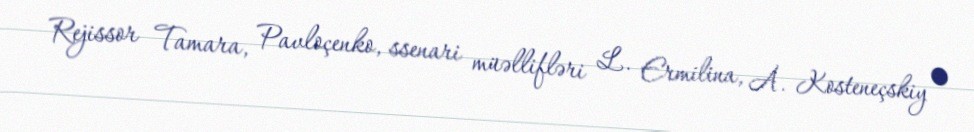
Rejissor Tamara, Pavloçenko, ssenari müəllifləri L. Ermilina, A. Kosteneçskiy •